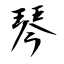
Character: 琴